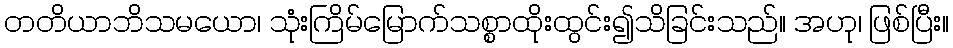
တတိယာဘိသမယော၊ သုံးကြိမ်မြောက်သစ္စာထိုးထွင်း၍သိခြင်းသည်။ အဟု၊ ဖြစ်ပြီး။